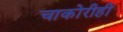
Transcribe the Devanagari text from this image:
चाकोरीही